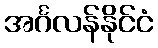
အင်္ဂလန်နိုင်ငံ